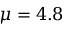
\mu = 4 . 8